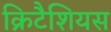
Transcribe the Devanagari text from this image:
क्रिटैशियस